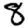
Digit: 8